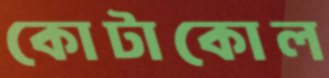
কোটাকোল